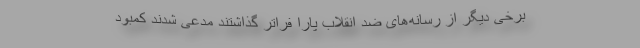
برخی دیگر از رسانه‌های ضد انقلاب پارا فراتر گذاشتند مدعی شدند کمبود